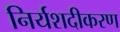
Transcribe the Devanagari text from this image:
निर्यशदीकरण